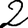
Digit: 2